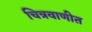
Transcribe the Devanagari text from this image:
चित्रवाणीत